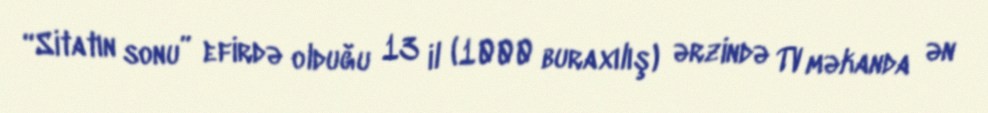
“Sitatın sonu” efirdə olduğu 13 il (1000 buraxılış) ərzində TV məkanda ən